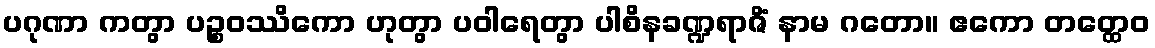
ပဂုဏာ ကတွာ ပဉ္စဝဿိကော ဟုတွာ ပဝါရေတွာ ပါစိနခဏ္ဍရာဇိံ နာမ ဂတော။ ဧကော တတ္ထေဝ